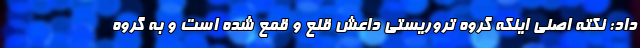
داد: نکته اصلی اینکه گروه تروریستی داعش قلع و قمع شده است و به گروه